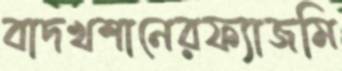
বাদখশানেরফ্যাজমি